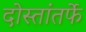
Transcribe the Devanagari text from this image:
दोस्तांतर्फे